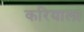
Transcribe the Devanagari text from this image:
करियाला